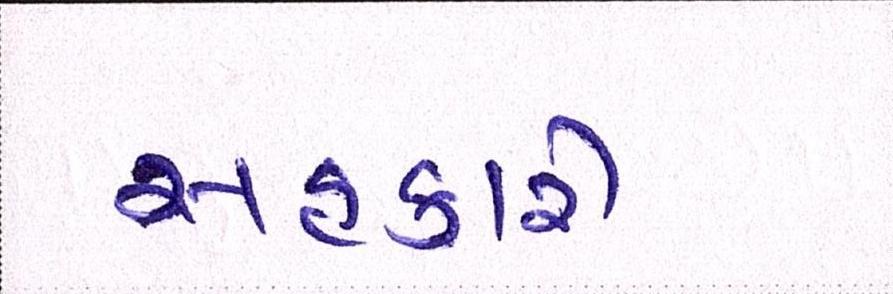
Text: સહકારી